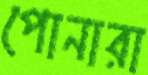
পোনারা